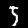
Digit: 5